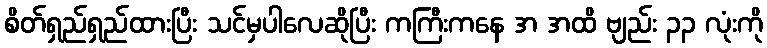
စိတ်ရှည်ရှည်ထားပြီး သင်မှပါလေဆိုပြီး ကကြီးကနေ အ အထိ ဗျည်း ၃၃ လုံးကို